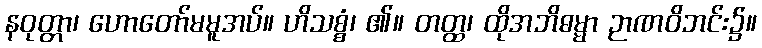
နဝုတ္တာ၊ ဟောတော်မမူအပ်။ ဟိသစ္စံ၊ ၏။ တတ္ထ၊ ထိုအဘိဓမ္မာ ဉာဏဝိဘင်း၌။